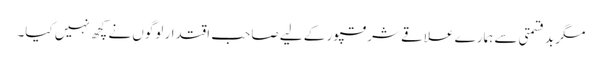
مگر بدقسمتی سے ہمارے علاقے شرقپور کے لیے صاحب اقتدار لوگوں نے کچھ نہیں کیا۔